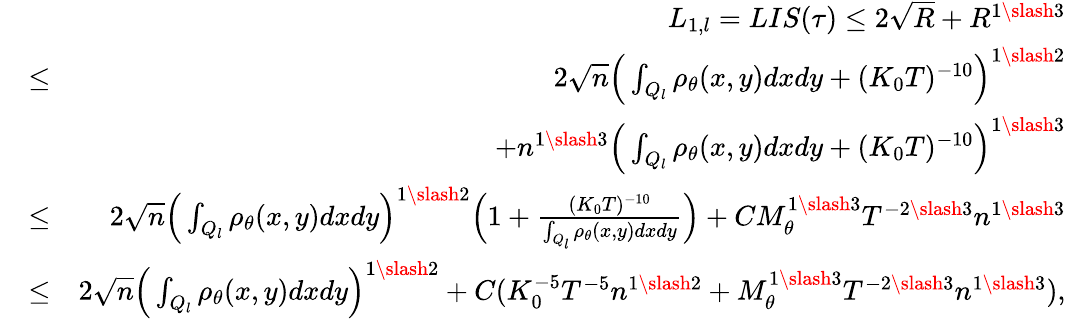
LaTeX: \begin{array}{rlr}&{}&{L_{1,l}=LIS(\tau)\leq 2\sqrt{R}+R^{1\slash 3}}\\ &{\leq}&{2\sqrt{n}\Big(\int_{Q_{l}}\rho_{\theta}(x,y)dxdy+(K_{0}T)^{-10}\Big)^{1\slash 2}}\\ &{}&{+n^{1\slash 3}\Big(\int_{Q_{l}}\rho_{\theta}(x,y)dxdy+(K_{0}T)^{-10}\Big)^{1\slash 3}}\\ &{\leq}&{2\sqrt{n}\Big(\int_{Q_{l}}\rho_{\theta}(x,y)dxdy\Big)^{1\slash 2}\Big(1+\frac{(K_{0}T)^{-10}}{\int_{Q_{l}}\rho_{\theta}(x,y)dxdy}\Big)+CM_{\theta}^{1\slash 3}T^{-2\slash 3}n^{1\slash 3}}\\ &{\leq}&{2\sqrt{n}\Big(\int_{Q_{l}}\rho_{\theta}(x,y)dxdy\Big)^{1\slash 2}+C(K_{0}^{-5}T^{-5}n^{1\slash 2}+M_{\theta}^{1\slash 3}T^{-2\slash 3}n^{1\slash 3}),}\end{array}